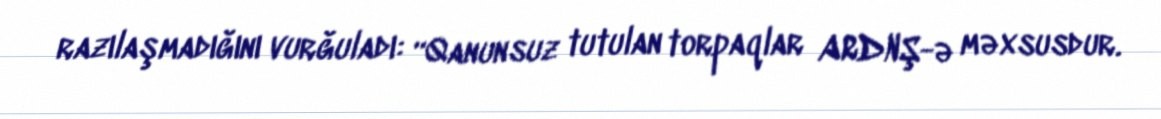
razılaşmadığını vurğuladı: “Qanunsuz tutulan torpaqlar ARDNŞ-ə məxsusdur.